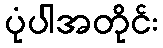
ပုံပါအတိုင်း